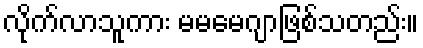
လိုက်လာသူကား မမမေဂျာဖြစ်သတည်း။